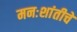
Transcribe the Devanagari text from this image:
मनःशांतीचे